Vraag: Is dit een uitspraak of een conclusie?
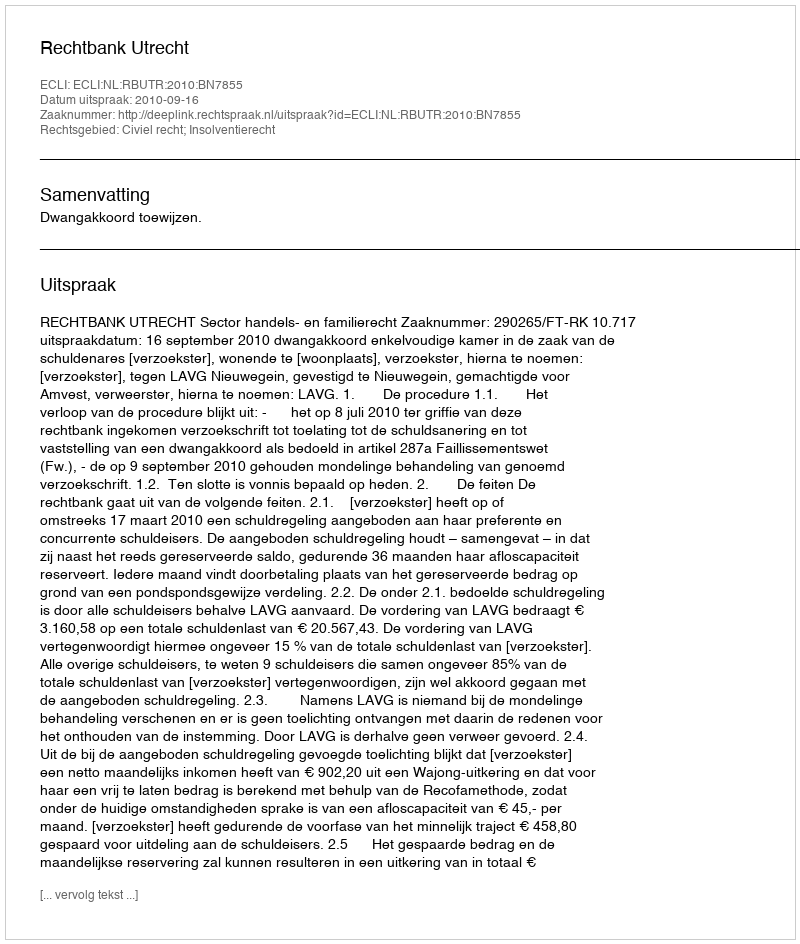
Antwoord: Uitspraak